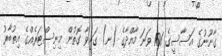
ގާނޫނުގެ އަސާސީގެ 101 ވަނަ މާއްދާގެ (ނ) ގައިވާ ގޮތުން މިނިސްޓަރެއްގެ އިތުބާރު